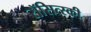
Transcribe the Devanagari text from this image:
रॉसित्स्की